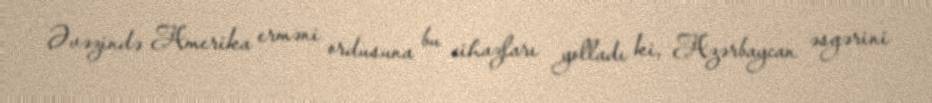
Əvəzində Amerika erməni ordusuna bu cihazları yolladı ki, Azərbaycan əsgərini